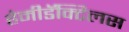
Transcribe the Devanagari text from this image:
हेमीडॅक्टिलस